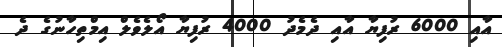
އާއި 6000 ރުފިޔާ އާއި ދެމެދު 4000 ރުފިޔާ އޯލެވެލް އިމްތިހާނުގެ ދެ